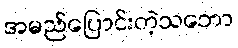
အမည်ပြောင်းတဲ့သဘော